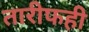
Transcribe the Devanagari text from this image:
तारीफही